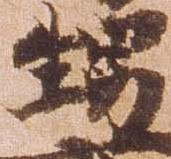
甥